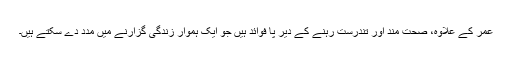
عمر کے علاوہ، صحت مند اور تندرست رہنے کے دیر پا فوائد ہیں جو ایک ہموار زندگی گزارنے میں مدد دے سکتے ہیں۔